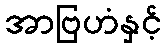
အာဗြဟံနှင့်